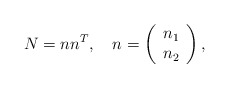
\begin{align*}N=n n^T,\quad n=\left(\begin{array}{c}n_1\\n_2\\\end{array}\right),\end{align*}